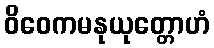
ဝိဝေကမနုယုတ္တောဟံ